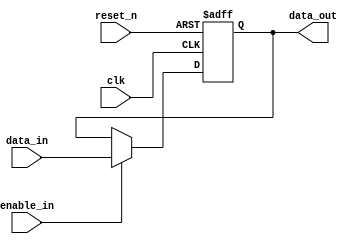
`timescale 1ns / 1ps
//////////////////////////////////////////////////////////////////////////////////
// Company: 
// Engineer: 
// 
// Design Name: 
// Module Name: lab72_16_Bit_data_path_logic
// Project Name: 
// Target Devices: 
// Tool Versions: 
// Description: 
// 
// Dependencies: 
// 
// Revision:
// Revision 0.01 - File Created
// Additional Comments:
// 
//////////////////////////////////////////////////////////////////////////////////


module lab72_16_Bit_data_path_logic(
            input [15:0] data_in,
            input clk ,reset_n,
            input enable_in,
            output reg [15:0] data_out
    );
    
always @(posedge clk or negedge reset_n)
begin
    if(!reset_n) 
        data_out <= 16'b0;
    else if (enable_in)
        data_out <= data_in;
    else
        data_out <= data_out;
end
endmodule